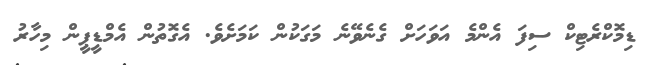
ޑިމޮކްރެޓިކް ސިފަ އެންމެ އަވަހަށް ގެނެވޭނެ މަގަކުން ކަމަށެވެ. އެގޮތުން އެމްޑީޕީން މިހާރު